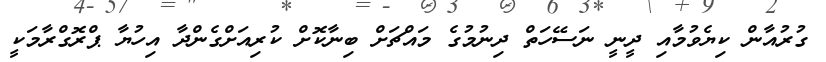
ގުރުއާން ކިޔެވުމާއި ދީނީ ނަސޭހަތް ދިނުމުުގެ މައްޗަށް ބިނާކޮށް ކުރިއަށްގެންދާ އިހުޔާ ޕްރޮގްރާމަކީ